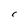
Character: C